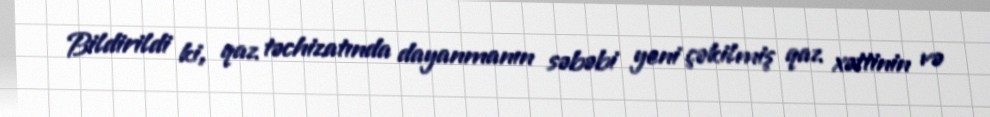
Bildirildi ki, qaz təchizatında dayanmanın səbəbi yeni çəkilmiş qaz xəttinin və